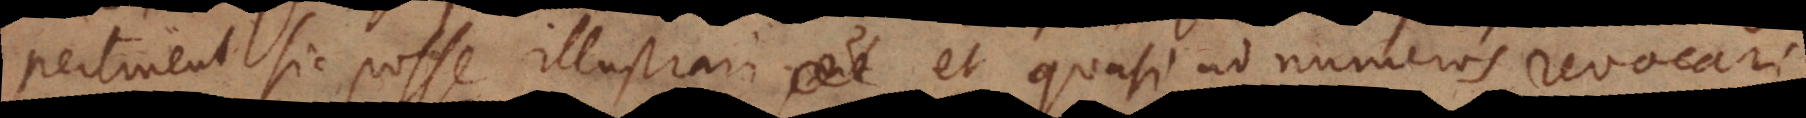
pertinent sic posse illustrari et quasi ad numeros revocari,